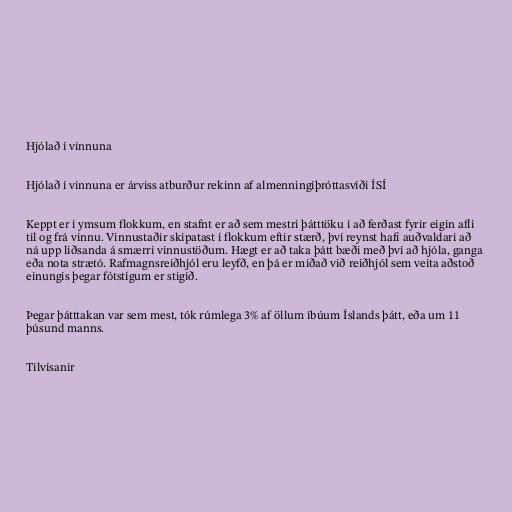
Hjólað í vinnuna

Hjólað í vinnuna er árviss atburður rekinn af almenningíþróttasvíði ÍSÍ

Keppt er í ymsum flokkum, en stafnt er að sem mestri þátttöku í að ferðast fyrir eigin afli
til og frá vinnu. Vinnustaðir skipatast í flokkum eftir stærð, því reynst hafi auðvaldari að
ná upp liðsanda á smærri vinnustöðum. Hægt er að taka þátt bæði með því að hjóla, ganga
eða nota strætó. Rafmagnsreiðhjól eru leyfð, en þá er miðað við reiðhjól sem veita aðstoð
einungis þegar fótstígum er stigið.

Þegar þátttakan var sem mest, tók rúmlega 3% af öllum íbúum Íslands þátt, eða um 11
þúsund manns.

Tilvísanir